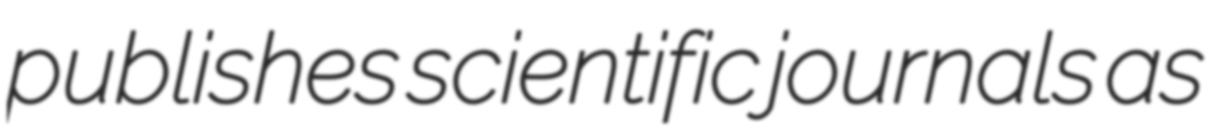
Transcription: publishes scientific journals as